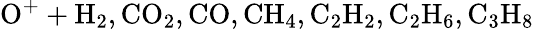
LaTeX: \mathrm{O^{+}+H_{2},CO_{2},CO,CH_{4},C_{2}H_{2},C_{2}H_{6},C_{3}H_{8}}